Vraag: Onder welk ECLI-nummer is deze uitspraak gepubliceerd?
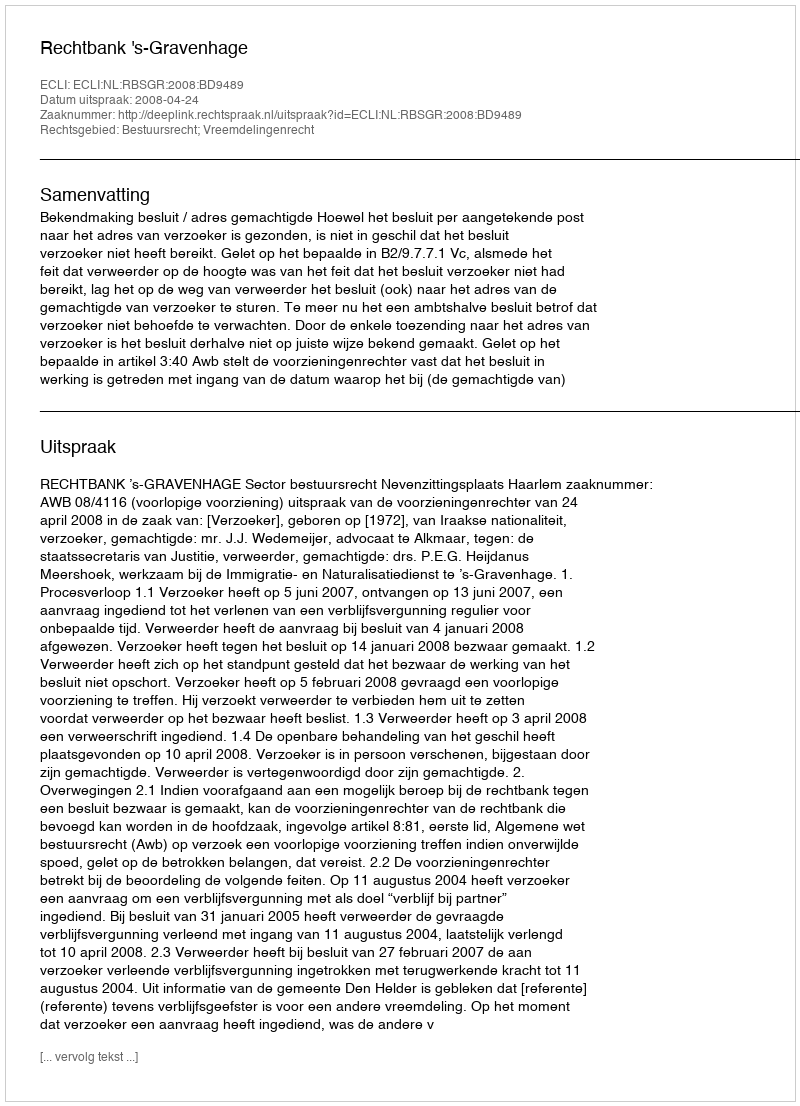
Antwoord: ECLI:NL:RBSGR:2008:BD9489